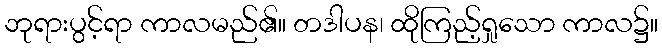
ဘုရားပွင့်ရာ ကာလမည်၏။ တဒါပန၊ ထိုကြည့်ရှုသော ကာလ၌။